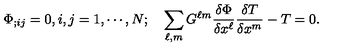
\Phi _ { ; i j } = 0 , i , j = 1 , \cdots , N ; \quad \sum _ { \ell , m } G ^ { \ell m } { \frac { \delta \Phi } { \delta x ^ { \ell } } } { \frac { \delta T } { \delta x ^ { m } } } - T = 0 .